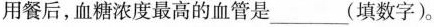
用餐后，血糖浓度最高的血管是___(填数字)。